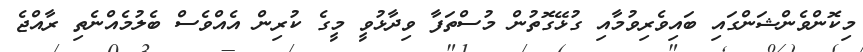
މިކޮންވެންޝަންގައި ބައިވެރިވުމާއި ގުޅޭގޮތުން މުސްތަފާ ވިދާޅުވީ މީގެ ކުރިން އެއްވެސް ބެލުމެއްނެތި ރާއްޖެ